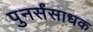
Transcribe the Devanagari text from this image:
पुनर्संसाधक